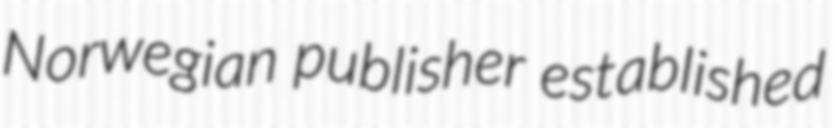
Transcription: Norwegian publisher established